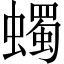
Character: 蠋